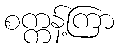
စက္ကန့်ကြာ